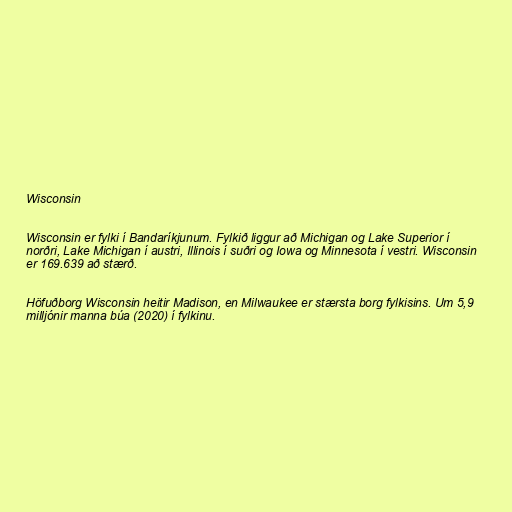
Wisconsin

Wisconsin er fylki í Bandaríkjunum. Fylkið liggur að Michigan og Lake Superior í
norðri, Lake Michigan í austri, Illinois í suðri og Iowa og Minnesota í vestri. Wisconsin
er 169.639 að stærð.

Höfuðborg Wisconsin heitir Madison, en Milwaukee er stærsta borg fylkisins. Um 5,9
milljónir manna búa (2020) í fylkinu.